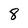
Character: 8